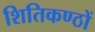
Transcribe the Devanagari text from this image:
शितिकण्ठों